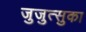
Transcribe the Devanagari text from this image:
जुजुत्सुका